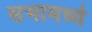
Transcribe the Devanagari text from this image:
सभामध्ये